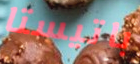
باتيستا